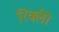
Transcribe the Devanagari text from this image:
रिक्ली